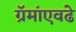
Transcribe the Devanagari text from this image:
ग्रॅमांएवढे